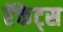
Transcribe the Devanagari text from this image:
रॅकेट्स